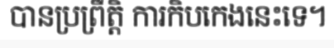
បានប្រព្រឹត្តិ ការកិបកេងនេះទេ។